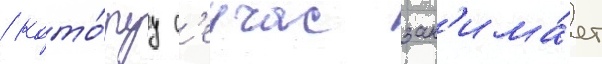
/ кото́руу с'еичас зан'има́ет